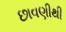
છાવણીથી